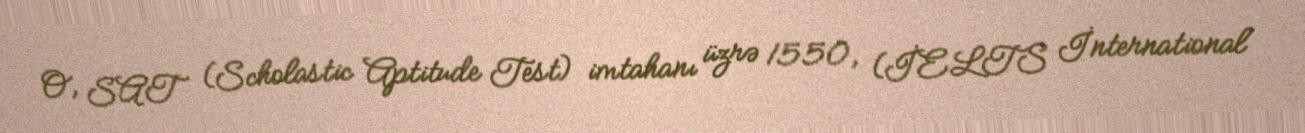
O, SAT (Scholastic Aptitude Test) imtahanı üzrə 1550, (İELTS İnternational